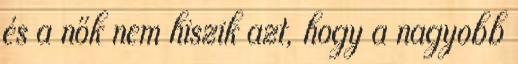
és a nők nem hiszik azt, hogy a nagyobb